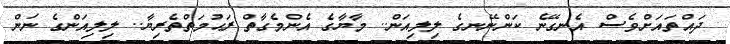
ދައްތައަށްވެސް އެނގޭނެ ކަންނޭނގެ ލިލިއަން.. މާޔާގެ އެންމެގާތް ރަޙުމަތްތެރިޔާ.. ލިލިއަންގެ ނަން